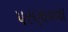
પરણાવવા